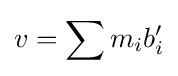
v=\sum m_{i}b_{i}'